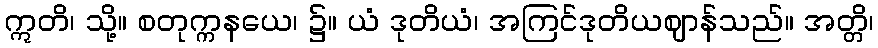
ဣတိ၊ သို့။ စတုက္ကနယေ၊ ၌။ ယံ ဒုတိယံ၊ အကြင်ဒုတိယဈာန်သည်။ အတ္တိ၊